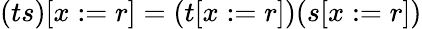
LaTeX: (ts)[x:=r]=(t[x:=r])(s[x:=r])